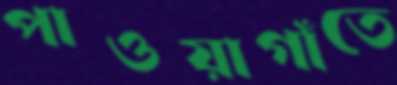
পাওয়াগাঁতে